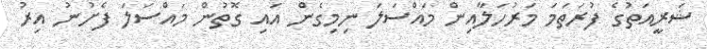
ޝަރީއަތުގެ ފުރަތަމަ މަރުހަލާއިން މައްސަލަ ނިމިގެން އައި ގޮތުން މައްސަލަ ފެށުނު އިރު